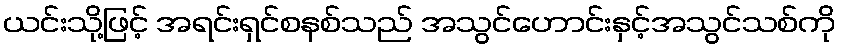
ယင်းသို့ဖြင့် အရင်းရှင်စနစ်သည် အသွင်ဟောင်းနှင့်အသွင်သစ်ကို